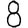
Digit: 8